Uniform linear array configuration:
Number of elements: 64
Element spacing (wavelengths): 0.25
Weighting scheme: blackman
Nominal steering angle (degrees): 60
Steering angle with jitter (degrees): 61.697
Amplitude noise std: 0.05
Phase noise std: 0.05

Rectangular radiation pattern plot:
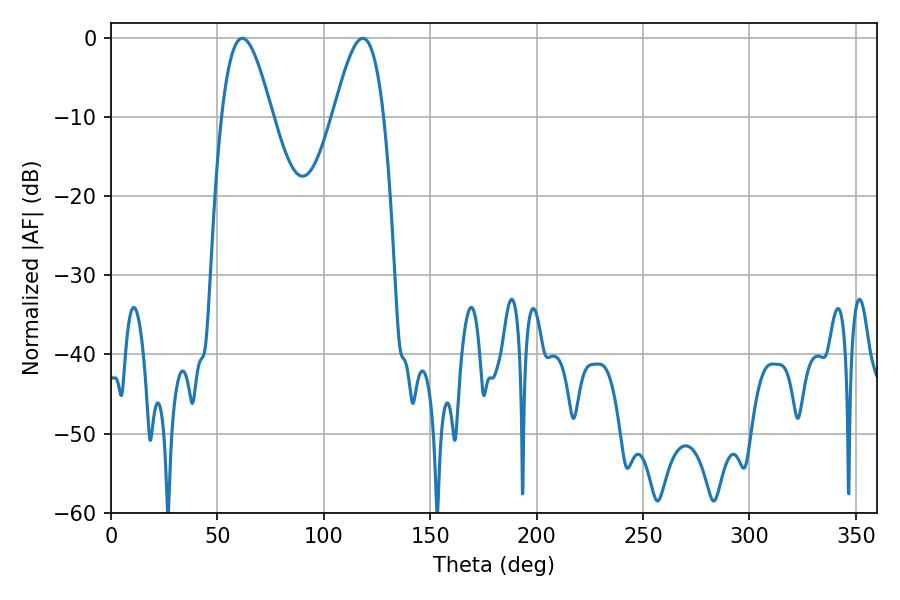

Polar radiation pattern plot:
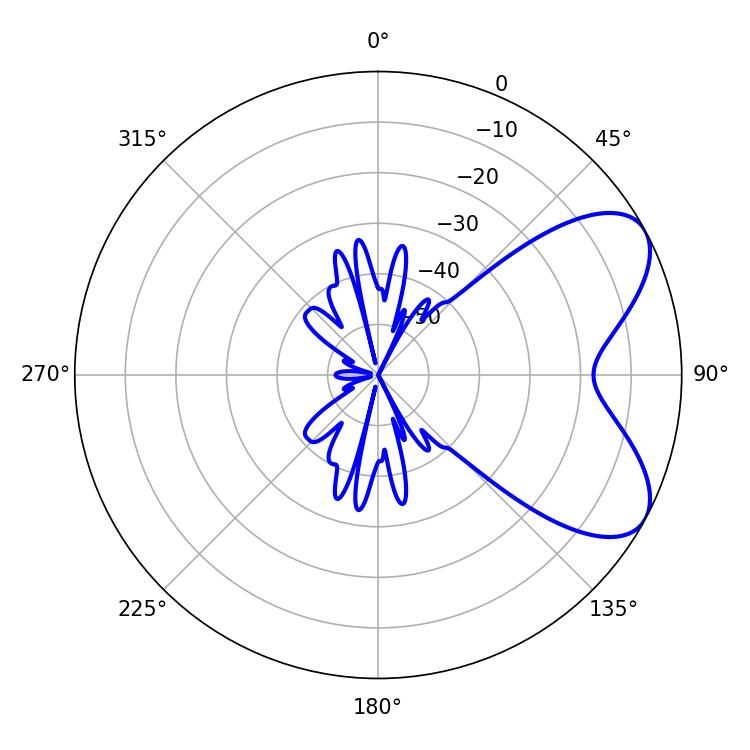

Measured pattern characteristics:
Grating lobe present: FALSE
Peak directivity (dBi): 6.557
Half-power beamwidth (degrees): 12.78
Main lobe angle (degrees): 61.74